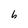
Character: h